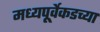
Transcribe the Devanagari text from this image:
मध्यपूर्वेकडच्या